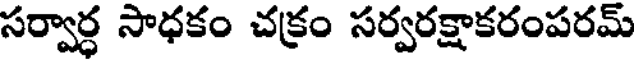
సర్వార్ధ సాధకం చక్రం సర్వరక్షాకరంపరమ్